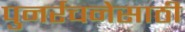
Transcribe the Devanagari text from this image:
पुनर्रचनेसाठी